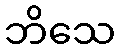
ဘိသေ